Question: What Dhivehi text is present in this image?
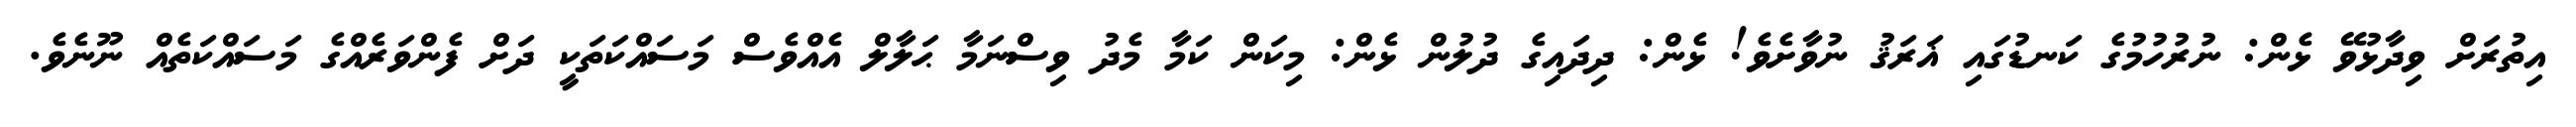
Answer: އިތުރަށް ވިދާޅުވޭ ޅެން: ނުރުހުމުގެ ކަނޑުގައި ޣަރަޤު ނުވާށެވެ! ޅެން: ދިދައިގެ ދުލުން ޅެން: މިކަން ކަމާ މެދު ވިސްނަމާ ޙަލާލް އެއްވެސް މަސައްކަތަކީ ދަށް ފެންވަރެއްގެ މަސައްކަތެއް ނޫނެވެ.